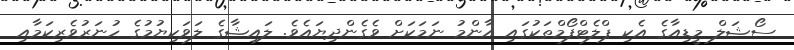
ސޯޝަލް މީޑިއާގެ އެކި ޕްލެޓްފޯމްތަކުގައި އާންމު ނަމަކަށް ވެގެންދިޔައެވެ. ލައިޝާގެ ލަވަކިޔުމުގެ ހުނަރުވެރިކަމާއި